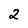
Character: 2